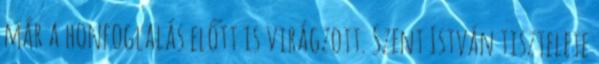
már a honfoglalás előtt is virágzott. Szent István tisztelete